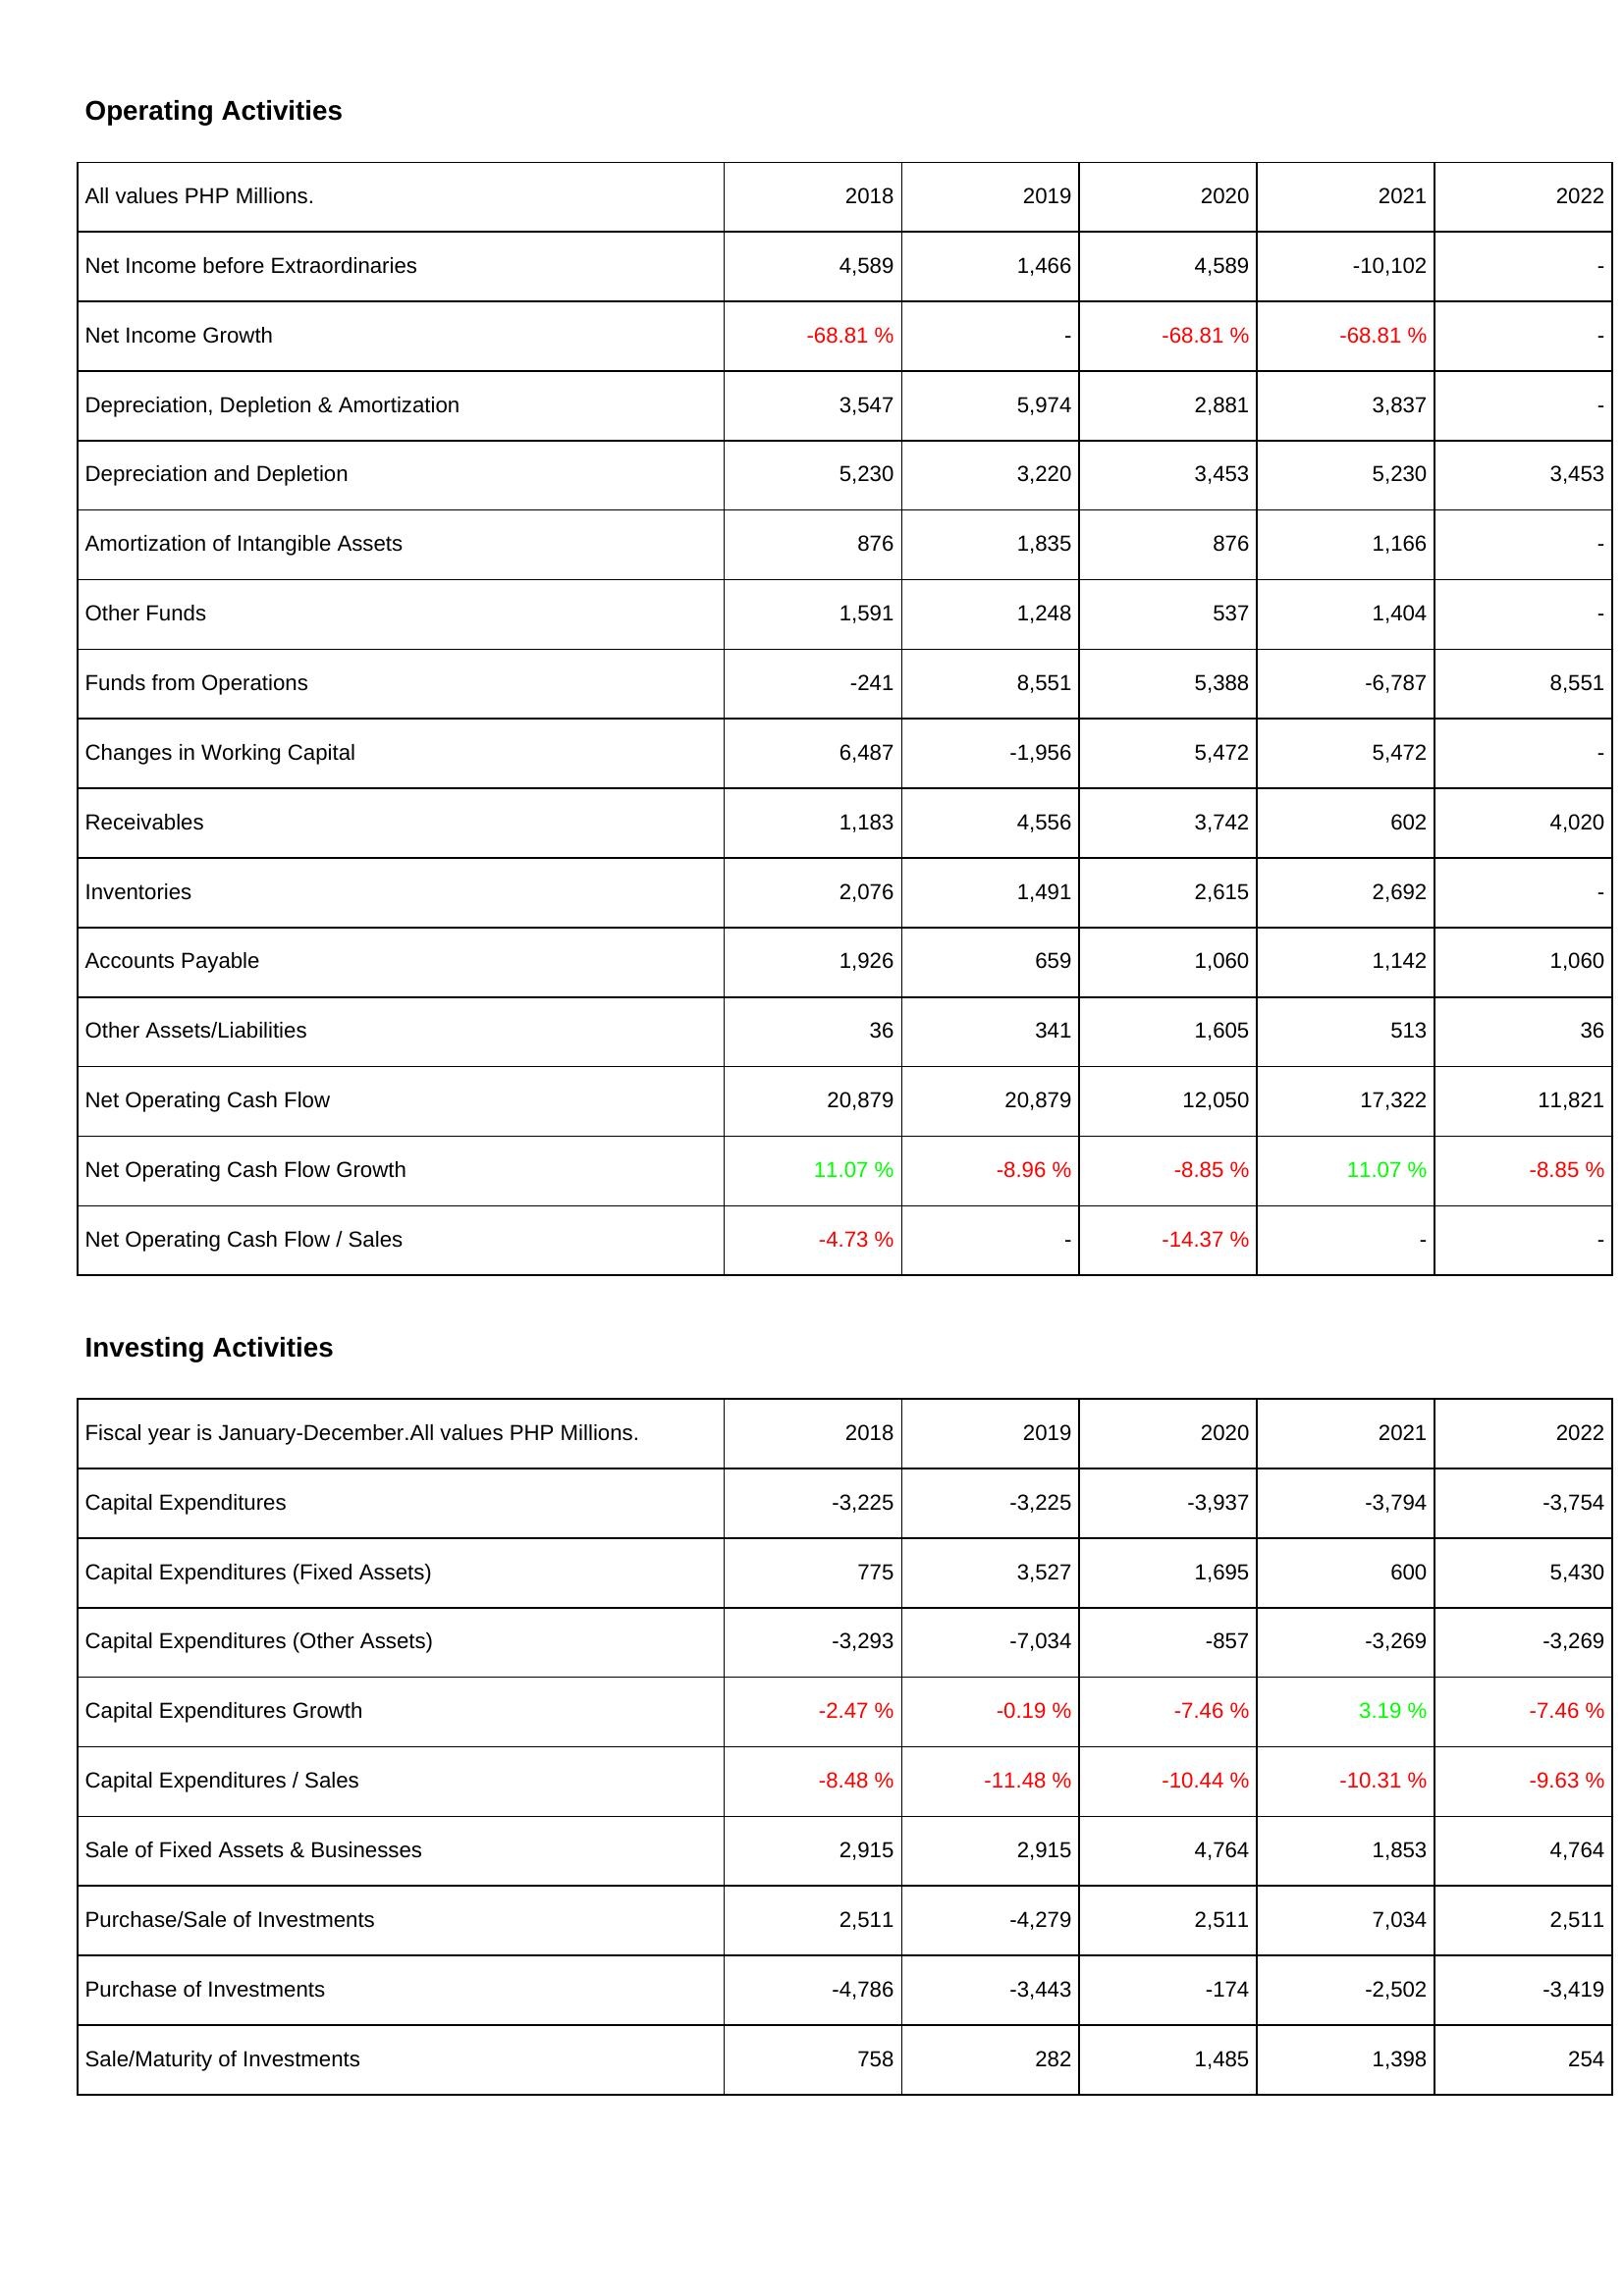
2018: Operating Activities: Net Income before Extraordinaries: 4,589
Net Income Growth: -68.81 %
Depreciation, Depletion & Amortization: 3,547
Depreciation and Depletion: 5,230
Amortization of Intangible Assets: 876
Other Funds: 1,591
Funds from Operations: -241
Changes in Working Capital: 6,487
Receivables: 1,183
Inventories: 2,076
Accounts Payable: 1,926
Other Assets/Liabilities: 36
Net Operating Cash Flow: 20,879
Net Operating Cash Flow Growth: 11.07 %
Net Operating Cash Flow / Sales: -4.73 %
Investing Activities: Capital Expenditures: -3,225
Capital Expenditures (Fixed Assets): 775
Capital Expenditures (Other Assets): -3,293
Capital Expenditures Growth: -2.47 %
Capital Expenditures / Sales: -8.48 %
Sale of Fixed Assets & Businesses: 2,915
Purchase/Sale of Investments: 2,511
Purchase of Investments: -4,786
Sale/Maturity of Investments: 758
2019: Operating Activities: Net Income before Extraordinaries: 1,466
Net Income Growth: -
Depreciation, Depletion & Amortization: 5,974
Depreciation and Depletion: 3,220
Amortization of Intangible Assets: 1,835
Other Funds: 1,248
Funds from Operations: 8,551
Changes in Working Capital: -1,956
Receivables: 4,556
Inventories: 1,491
Accounts Payable: 659
Other Assets/Liabilities: 341
Net Operating Cash Flow: 20,879
Net Operating Cash Flow Growth: -8.96 %
Net Operating Cash Flow / Sales: -
Investing Activities: Capital Expenditures: -3,225
Capital Expenditures (Fixed Assets): 3,527
Capital Expenditures (Other Assets): -7,034
Capital Expenditures Growth: -0.19 %
Capital Expenditures / Sales: -11.48 %
Sale of Fixed Assets & Businesses: 2,915
Purchase/Sale of Investments: -4,279
Purchase of Investments: -3,443
Sale/Maturity of Investments: 282
2020: Operating Activities: Net Income before Extraordinaries: 4,589
Net Income Growth: -68.81 %
Depreciation, Depletion & Amortization: 2,881
Depreciation and Depletion: 3,453
Amortization of Intangible Assets: 876
Other Funds: 537
Funds from Operations: 5,388
Changes in Working Capital: 5,472
Receivables: 3,742
Inventories: 2,615
Accounts Payable: 1,060
Other Assets/Liabilities: 1,605
Net Operating Cash Flow: 12,050
Net Operating Cash Flow Growth: -8.85 %
Net Operating Cash Flow / Sales: -14.37 %
Investing Activities: Capital Expenditures: -3,937
Capital Expenditures (Fixed Assets): 1,695
Capital Expenditures (Other Assets): -857
Capital Expenditures Growth: -7.46 %
Capital Expenditures / Sales: -10.44 %
Sale of Fixed Assets & Businesses: 4,764
Purchase/Sale of Investments: 2,511
Purchase of Investments: -174
Sale/Maturity of Investments: 1,485
2021: Operating Activities: Net Income before Extraordinaries: -10,102
Net Income Growth: -68.81 %
Depreciation, Depletion & Amortization: 3,837
Depreciation and Depletion: 5,230
Amortization of Intangible Assets: 1,166
Other Funds: 1,404
Funds from Operations: -6,787
Changes in Working Capital: 5,472
Receivables: 602
Inventories: 2,692
Accounts Payable: 1,142
Other Assets/Liabilities: 513
Net Operating Cash Flow: 17,322
Net Operating Cash Flow Growth: 11.07 %
Net Operating Cash Flow / Sales: -
Investing Activities: Capital Expenditures: -3,794
Capital Expenditures (Fixed Assets): 600
Capital Expenditures (Other Assets): -3,269
Capital Expenditures Growth: 3.19 %
Capital Expenditures / Sales: -10.31 %
Sale of Fixed Assets & Businesses: 1,853
Purchase/Sale of Investments: 7,034
Purchase of Investments: -2,502
Sale/Maturity of Investments: 1,398
2022: Operating Activities: Net Income before Extraordinaries: -
Net Income Growth: -
Depreciation, Depletion & Amortization: -
Depreciation and Depletion: 3,453
Amortization of Intangible Assets: -
Other Funds: -
Funds from Operations: 8,551
Changes in Working Capital: -
Receivables: 4,020
Inventories: -
Accounts Payable: 1,060
Other Assets/Liabilities: 36
Net Operating Cash Flow: 11,821
Net Operating Cash Flow Growth: -8.85 %
Net Operating Cash Flow / Sales: -
Investing Activities: Capital Expenditures: -3,754
Capital Expenditures (Fixed Assets): 5,430
Capital Expenditures (Other Assets): -3,269
Capital Expenditures Growth: -7.46 %
Capital Expenditures / Sales: -9.63 %
Sale of Fixed Assets & Businesses: 4,764
Purchase/Sale of Investments: 2,511
Purchase of Investments: -3,419
Sale/Maturity of Investments: 254